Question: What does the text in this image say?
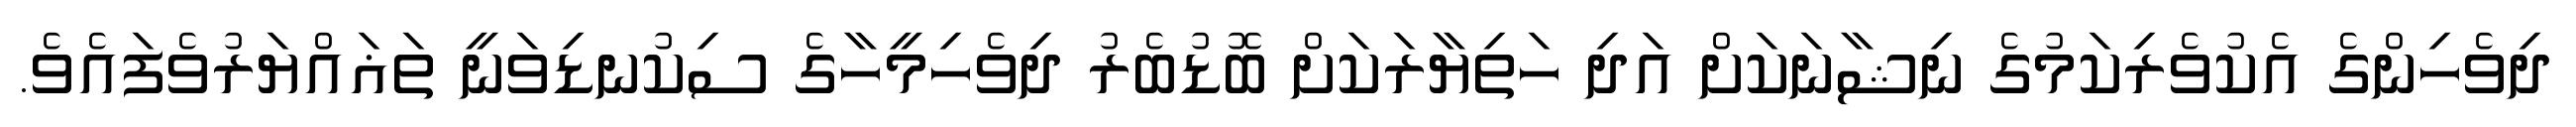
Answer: ދިވެހިންގެ އެކުވެރިކަމުގެ ނިޝާނަކަށް އަދި ހަތިޔާރަކަށް ބޮޑުބެރު ދިވެހިމީހާގެ ސިކުނޑިވަނީ ތަޣައްޔަރުވެފައެވެ.